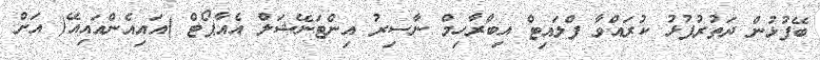
ބޭފުޅުން ދަތުރުފުޅު ކުރައްވާ ފްލައިޓް އިބްރާހިމް ނާސިރު އިންޓަނޭޝަަލް އެއާޕޯޓް )އައިއެންއައިއޭ( އަށް